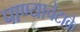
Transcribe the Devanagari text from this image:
पाण्याचेटाके